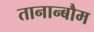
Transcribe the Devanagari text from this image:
तानान्बौम